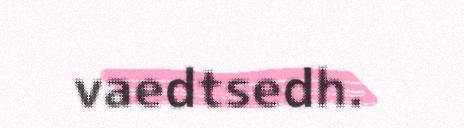
vaedtsedh.